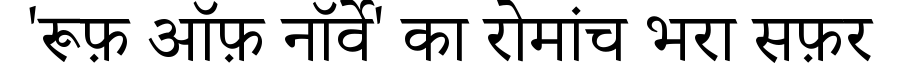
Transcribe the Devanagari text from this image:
'रूफ़ ऑफ़ नॉर्वे' का रोमांच भरा सफ़र